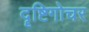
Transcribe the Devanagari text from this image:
दॄष्टिगोचर